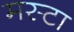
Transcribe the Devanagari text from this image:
मस्टा